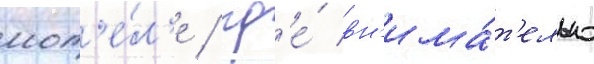
мот'е́л'е / гд'е́ вн'има́т'ельно